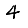
Digit: 4